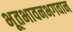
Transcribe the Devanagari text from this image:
भूतभावनभगवान